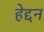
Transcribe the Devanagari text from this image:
हेद्दन